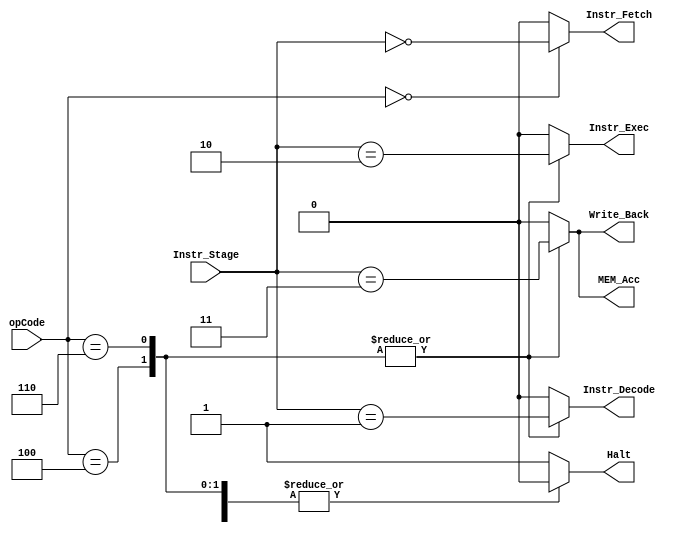
/*
 CS 274
 Ursinus College

 @author: Mia Sideris
 @purpose: Demonstrate the implementation of Control Unit within a 20-bit Microprocessor

 */

module ControlUnit(
    input [3:0] opCode,
    input [1:0] Instr_Stage,
    
    // Trigged Stages
    output reg Instr_Fetch,
    output reg Instr_Decode,
    output reg Instr_Exec,
    output reg Write_Back,
    output reg MEM_Acc,
    output reg Halt

);

// Initialize Stages 

parameter Fetch = 2'b00;
parameter Decode = 2'b01;
parameter Execute = 2'b10;
parameter MEM = 2'b11;

// Initialize OpCode for each stage at various values

parameter Fetch_Code = 4'b0000;
parameter Load_Code = 4'b0000;
parameter Store_Code = 4'b0000;
parameter Halt_Code = 4'b1111;
parameter Jump_Code = 4'b0100;
parameter ALU_Code = 4'b0110;

always @* begin
    case(opCode)
        Fetch_Code:
        begin
            Instr_Fetch = (Instr_Stage == Fetch);
                Instr_Decode =1'b0;
                Instr_Exec =1'b0;
                MEM_Acc =1'b0;
                Write_Back =1'b0;
                Halt =1'b0;
        end
        Load_Code, Store_Code, ALU_Code, Jump_Code:
        begin
            Instr_Fetch =1'b0;
            Instr_Decode = (Instr_Stage == Decode);
            Instr_Exec = (Instr_Stage == Execute);
            MEM_Acc =(Instr_Stage == MEM);
            Write_Back=(Instr_Stage == MEM);
            Halt = 1'b0;
        end
        Halt_Code:
        begin
            Instr_Fetch =1'b0;
            Instr_Decode =1'b0;
            Instr_Exec =1'b0;
            MEM_Acc =1'b0;
            Write_Back =1'b0;
            Halt = 1'b1;
        end
        default: // Incorrect Opcode, halt 
        begin
            Instr_Fetch =1'b0;
            Instr_Decode =1'b0;
            Instr_Exec =1'b0;
            MEM_Acc =1'b0;
            Write_Back =1'b0;
            Halt = 1'b1;
        end
    endcase
end

endmodule